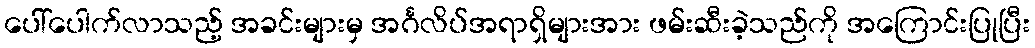
ပေါ်ပေါက်လာသည့် အခင်းများမှ အင်္ဂလိပ်အရာရှိများအား ဖမ်းဆီးခဲ့သည်ကို အကြောင်းပြုပြီး